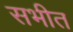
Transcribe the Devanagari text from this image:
सभीत